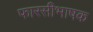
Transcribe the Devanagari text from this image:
फारसीभाषक